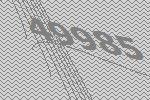
49985